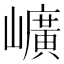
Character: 𡾇